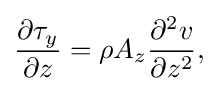
{\frac {\partial \tau _{y}}{\partial z}}=\rho A_{z}{\frac {\partial ^{2}v}{\partial z^{2}}},\,\!